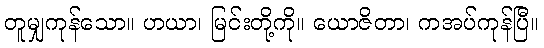
တူမျှကုန်သော။ ဟယာ၊ မြင်းတို့ကို။ ယောဇိတာ၊ ကအပ်ကုန်ပြီ။